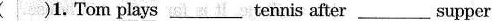
( )1.Tom plays___ tennis after___supper